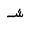
Letter: _shin